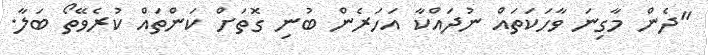
"ދެން މާގިނަ ވާހަކަތައް ނުދައްކާ އަހަރެން ބުނި ގޮތަށް ކަންތައް ކުރެވޭތޯ ބަލާ.